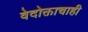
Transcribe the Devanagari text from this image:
वेदोक्ताचाही